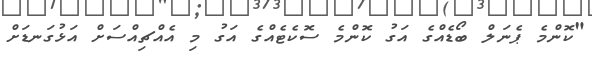
"ކޮންމެ ޕެނަލް ބޯޑެއްގެ އަގު ކޮންމެ ސޮކެޓެއްގެ އަގު މި އެއްޗިއްސަށް އަޅުގަނޑަށް